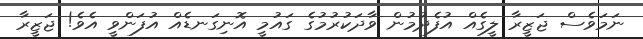
ނަމަވެސް ޖަޒީރާ ލީގެއް އުފެދުމުން ވާދަކުރުމުގެ ގައުމީ އޮނިގަނޑެއް އުފަންވީ އެވެެ! ޖަޒީރާ